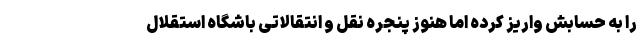
را به حسابش واریز کرده اما هنوز پنجره نقل و انتقالاتی باشگاه استقلال